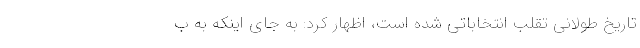
تاریخ طولانی تقلب انتخاباتی شده است، اظهار کرد: به جای اینکه به ب